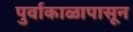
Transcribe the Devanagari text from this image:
पुर्वाकाळापासून